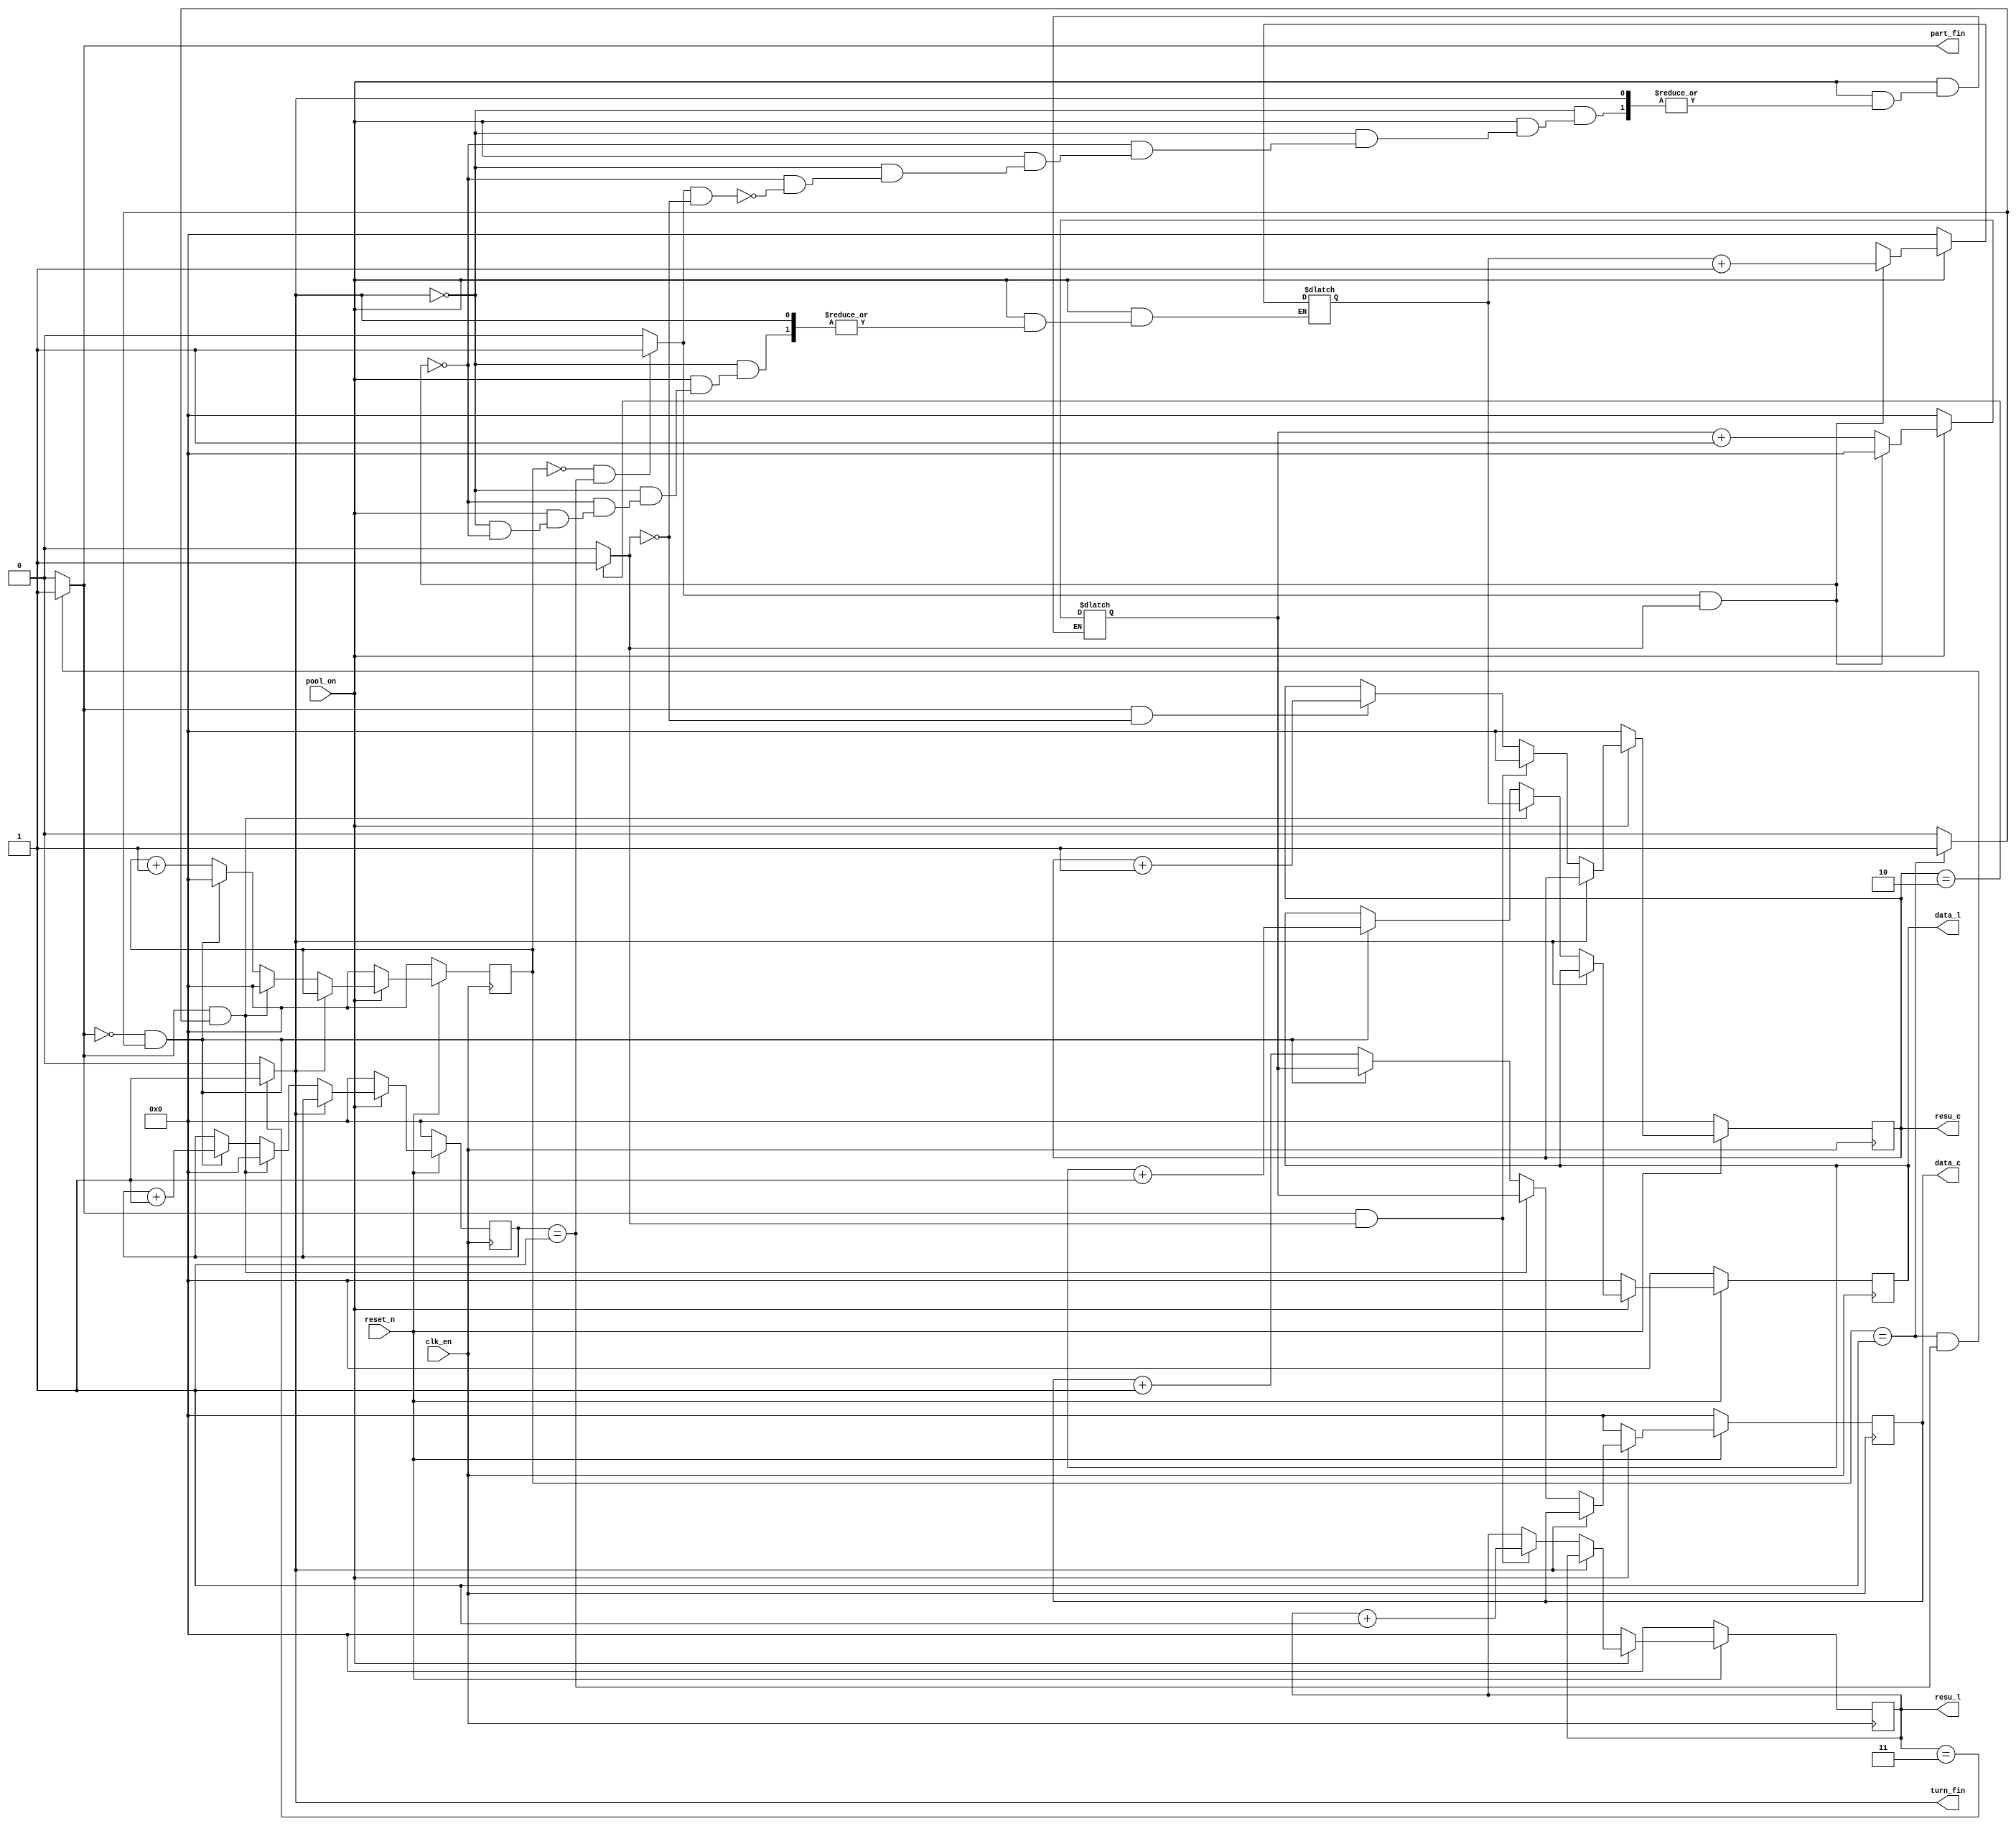
module maxpool_poolturn #(
    parameter datai_width = 4,
    parameter datai_height = 4,

    parameter kernel_width = 2,
    parameter kernel_height = 2,
    parameter stride = 1,

    parameter padding_en =0,
    parameter padding = 0,

    parameter datao_width = ((datai_width-kernel_width+2*padding)/stride)+1,
    parameter datao_height = ((datai_height-kernel_height+2*padding)/stride)+1,

    parameter bitwidth = 3 
) (
    input clk_en,
    input reset_n,
    
    input pool_on,

    output [3:0] data_l,        //
    output [3:0] data_c,        //
    
    output [3:0] resu_l,        //
    output [3:0] resu_c,        //

    output part_fin,            //
    output turn_fin             //
);



reg [3:0] rresu_l;
reg [3:0] rresu_c;
wire change_line;               //
assign change_line = (rresu_c == datao_width-1)?1:0;
assign turn_fin = (rresu_l==datao_height)?1:0;
assign resu_l = rresu_l;
assign resu_c = rresu_c;
always @(posedge clk_en) begin
    if(!reset_n)begin
        rresu_l<=0;
        rresu_c<=0;
    end
    else if (pool_on) begin
        if(turn_fin)begin
            rresu_l<=rresu_l;
            rresu_c<=rresu_c;
        end
        else begin
            if(part_fin&change_line)begin
                rresu_l<=rresu_l+1;
                rresu_c<=0;
            end
            else if(part_fin&~change_line)begin
                rresu_l<=rresu_l;
                rresu_c<=rresu_c+1;
            end
            else begin
                rresu_l<=rresu_l;
                rresu_c<=rresu_c;
            end
        end
    end
    else begin
        rresu_l<=0;
        rresu_c<=0;
    end
end

reg [3:0] datal_cnt;
reg [3:0] datac_cnt;
wire datal_fin;
wire datac_fin;
assign datac_fin = (datac_cnt==kernel_width-1)?1:0;                                     //
assign part_fin = (datac_cnt==kernel_width-1&datal_cnt==kernel_height-1)?1:0;           //
assign resu_pos_change = (datac_cnt==kernel_width-2&datal_cnt==kernel_height-1)?1:0;    //
always @(posedge clk_en) begin
    if(!reset_n)begin
        datal_cnt<=0;
        datac_cnt<=0;
    end
    else if (pool_on) begin
        if(turn_fin)begin
            datal_cnt<=datal_cnt;
            datac_cnt<=datac_cnt;
        end
        else begin
            if(part_fin&datac_fin)begin
                datal_cnt<=0;
                datac_cnt<=0;
            end
            else if (~part_fin&datac_fin) begin
                datac_cnt<=0;
                datal_cnt<=datal_cnt+1;
            end
            else begin
                datac_cnt<=datac_cnt+1;
                datal_cnt<=datal_cnt;
            end
        end
    end
    else begin
        datac_cnt<=0;
        datal_cnt<=0;
    end
end

wire [3:0] anchor_l;            //
wire [3:0] anchor_c;            //
reg [3:0] ranchor_l;
reg [3:0] ranchor_c;
assign anchor_l=ranchor_l;
assign anchor_c=ranchor_c;
always @(*)begin
    if(pool_on)begin
        if(turn_fin)begin
            ranchor_l=ranchor_l;
            ranchor_c=ranchor_c;
        end
        else begin
            if(resu_pos_change&change_line)begin
                ranchor_l=ranchor_l+stride;
                ranchor_c=0;
            end
            else if(resu_pos_change&~change_line)begin
                ranchor_l=ranchor_l;
                ranchor_c=ranchor_c+stride;
            end
            else begin
                ranchor_l=ranchor_l;
                ranchor_c=ranchor_c;
            end
        end
    end
    else begin
        ranchor_l=0;
        ranchor_c=0;
    end
end

reg [3:0] rdata_l;              //
reg [3:0] rdata_c;              //
assign data_l = rdata_l;        
assign data_c = rdata_c;
always @(posedge clk_en)begin
    if(!reset_n)begin
        rdata_l<=0;
        rdata_c<=0;
    end
    else if (pool_on) begin
        if(turn_fin)begin
            rdata_l<=rdata_l;
            rdata_c<=rdata_c;
        end
        else begin
            if(part_fin&datac_fin)begin
                rdata_l<=anchor_l;
                rdata_c<=anchor_c;
            end
            else if(~part_fin&datac_fin) begin
                rdata_l<=rdata_l+1;
                rdata_c<=anchor_c;
            end
            else begin
                rdata_l<=rdata_l;
                rdata_c<=rdata_c+1;
            end
        end
    end
    else begin
        rdata_l<=0;
        rdata_c<=0;
    end
end

endmodule